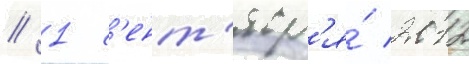
// 1 с'ент'ябр'я́ 2012